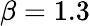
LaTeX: \beta=1.3